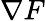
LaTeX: \nabla F